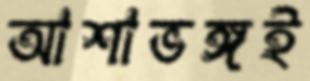
আশাভঙ্গই